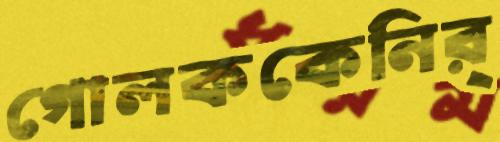
গোলককেনির্